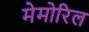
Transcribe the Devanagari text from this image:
मेमोरिल